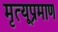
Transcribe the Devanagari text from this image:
मृत्यूप्रमाण